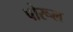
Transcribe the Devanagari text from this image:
पोरूल